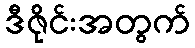
ဒီဇိုင်းအတွက်